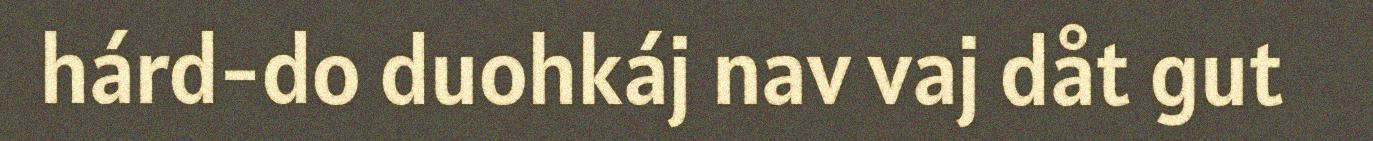
hárd-do duohkáj nav vaj dåt gut